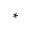
^ *